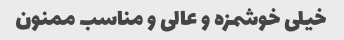
خیلی خوشمزه و عالی و مناسب ممنون